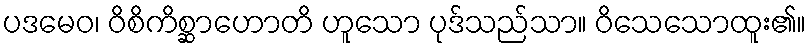
ပဒမေဝ၊ ဝိစိကိစ္ဆာဟောတိ ဟူသော ပုဒ်သည်သာ။ ဝိသေသောထူး၏။